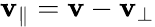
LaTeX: \mathbf{v}_{\parallel}=\mathbf{v}-\mathbf{v}_{\perp}